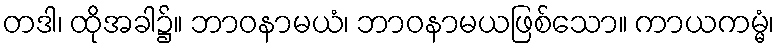
တဒါ၊ ထိုအခါ၌။ ဘာဝနာမယံ၊ ဘာဝနာမယဖြစ်သော။ ကာယကမ္မံ၊